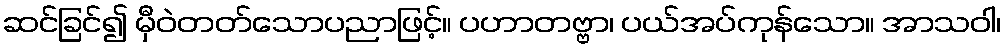
ဆင်ခြင်၍ မှီဝဲတတ်သောပညာဖြင့်။ ပဟာတဗ္ဗာ၊ ပယ်အပ်ကုန်သော။ အာသဝါ၊